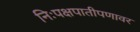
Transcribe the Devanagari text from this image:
निःपक्षपातीपणावर